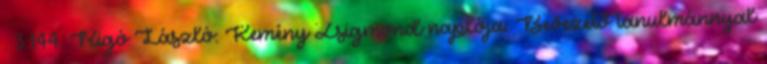
. 3:144. Rigó László: Kemény Zsigmond naplója: Bevezető tanulmánnyal